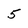
Character: 5